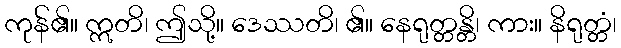
ကုန်၏။ ဣတိ၊ ဤသို့။ ဒေဿတိ၊ ၏။ နေရုတ္တန္တိ၊ ကား။ နိရုတ္တံ၊